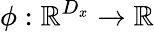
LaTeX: \phi:\mathbb{R}^{D_{x}}\rightarrow\mathbb{R}